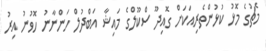
މެޗުގެ މޮޅު ކުޅުންތެރިއަކަށް ގޮއިދޫ ސްކޫލްގެ މައިޝާ އަބްދުލް ހަންނާނު ހޮވުނު އިރު